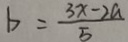
b = \frac { 3 x - 2 a } { 5 }